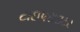
ટાઇપરાઇટર